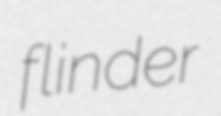
flinder